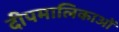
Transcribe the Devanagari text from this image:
दीपमालिकाओं